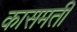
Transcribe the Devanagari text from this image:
कासमती